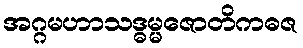
အဂ္ဂမဟာသဒ္ဓမ္မဇောတိကဓဇ